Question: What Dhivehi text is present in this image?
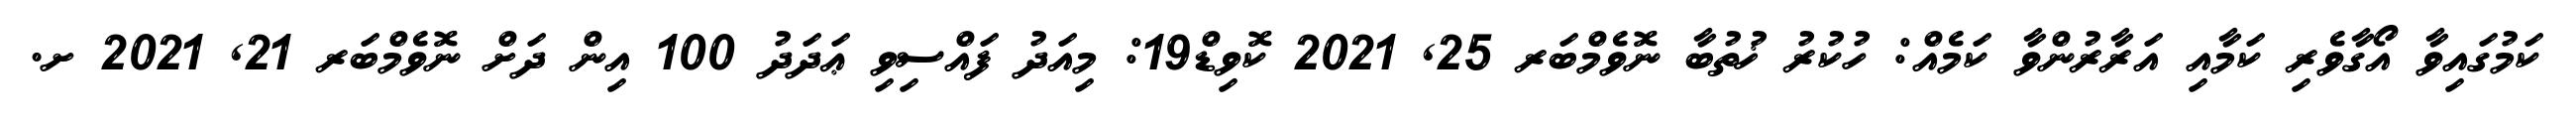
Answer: ކަމުގައިވާ އޯގާވެރި ކަމާއި އަރާރުންވާ ކަމެއް: ހުކުރު ޚުތުބާ ނޮވެމްބަރ 25, 2021 ކޮވިޑް19: މިއަދު ފައްސިވި ޢަދަދު 100 އިން ދަށް ނޮވެމްބަރ 21, 2021 ށ.